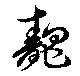
魗